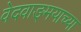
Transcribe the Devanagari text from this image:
वेदवाङ्‌मयाच्या